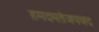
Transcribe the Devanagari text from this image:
हमदमतंजपवद